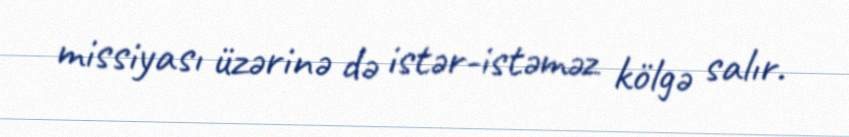
missiyası üzərinə də istər-istəməz kölgə salır.